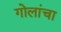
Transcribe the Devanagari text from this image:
गोलांचा